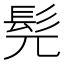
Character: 髡